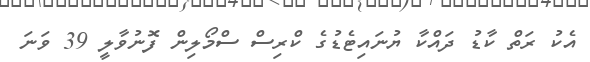
އެކު ރަތް ކާޑު ދައްކާ ޔުނައިޓެޑުގެ ކްރިސް ސްމޯލިން ފޮނުވާލީ 39 ވަނަ